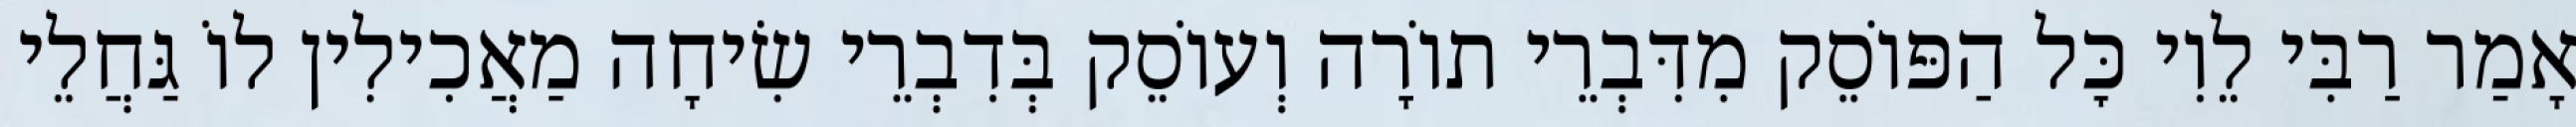
אָמַר רַבִּי לֵוִי כׇּל הַפּוֹסֵק מִדִּבְרֵי תוֹרָה וְעוֹסֵק בְּדִבְרֵי שִׂיחָה מַאֲכִילִין לוֹ גַּחֲלֵי